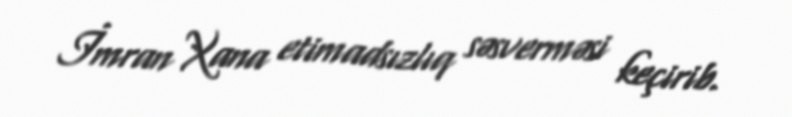
İmran Xana etimadsızlıq səsverməsi keçirib.